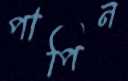
পাপিন